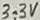
Text: 3.3V